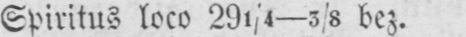
Spiritus loco 291/4-3/8 bez.